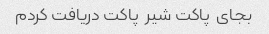
بجای  پاکت شیر  پاکت دریافت کردم